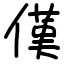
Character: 傼